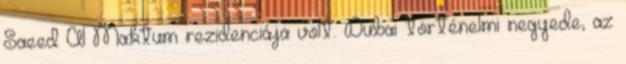
Saeed Al Maktum rezidenciája volt. Dubai történelmi negyede, az